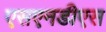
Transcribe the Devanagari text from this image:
एसएनडीएस